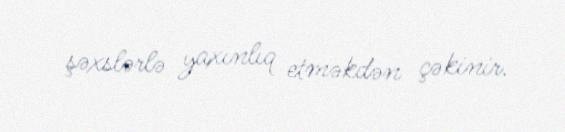
şəxslərlə yaxınlıq etməkdən çəkinir.